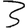
Digit: 3